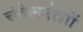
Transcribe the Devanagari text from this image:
चंदेलनरेशों